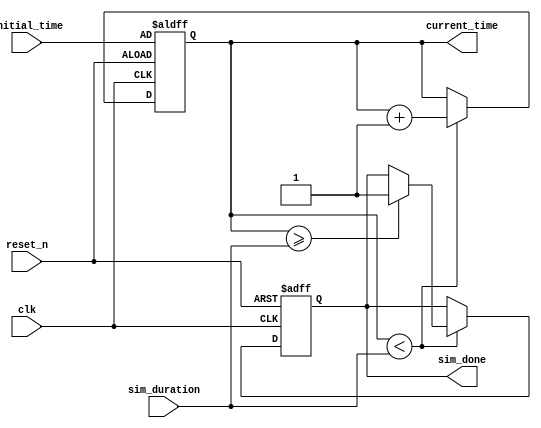
module simulation_time_initialization (
    input wire clk,                // Clock signal
    input wire reset_n,            // Active-low reset signal
    input wire [31:0] sim_duration, // Simulation duration in time units
    input wire [31:0] initial_time,  // Predefined starting time
    output reg [31:0] current_time,  // Current simulation time
    output reg sim_done            // Flag indicating simulation completion
);

    // Internal state variable to manage event scheduling
    reg [31:0] event_schedule;     // Counter for scheduled events
    reg [31:0] time_resolution;     // Time resolution (could be parameterized)
    
    initial begin
        // Default initialization
        current_time = 0;
        sim_done = 0;
        event_schedule = 0;
        time_resolution = 1; // Set time resolution to 1 time unit
    end
    
    always @(posedge clk or negedge reset_n) begin
        if (!reset_n) begin
            // Reset condition: initialize all state variables and time variables
            current_time <= initial_time;
            sim_done <= 0;
            event_schedule <= 0;
        end else begin
            // Increment time based on the time resolution
            if (current_time < sim_duration) begin
                // Schedule events here if needed
                // Placeholder for event scheduling logic, if required.
                current_time <= current_time + time_resolution;

                // Check if simulation duration is reached
                if (current_time >= sim_duration) begin
                    sim_done <= 1; // Set flag when simulation is done
                end
            end
        end
    end

endmodule